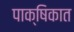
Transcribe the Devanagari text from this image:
पाक्षिकात